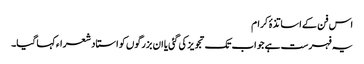
اس فن کے اساتذۂ کرام
یہ فہرست ہے جو اب تک تجویز کی گئی یا ان بزرگوں کو استاد شعراء کہا گیا۔